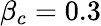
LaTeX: \beta_{c}=0.3